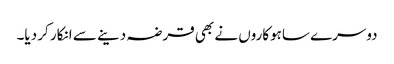
دوسرے ساہوکاروں نے بھی قرضہ دینے سے انکار کر دیا۔